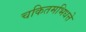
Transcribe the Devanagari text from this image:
चकितमभिधत्ते